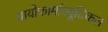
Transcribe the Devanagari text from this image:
बायोफार्मास्यूटिकल